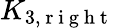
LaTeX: K_{3,\mathrm{~r~i~g~h~t~}}